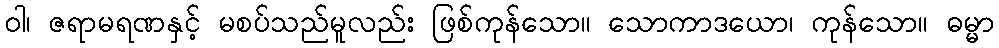
ဝါ၊ ဇရာမရဏနှင့် မစပ်သည်မူလည်း ဖြစ်ကုန်သော။ သောကာဒယော၊ ကုန်သော။ ဓမ္မာ